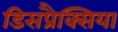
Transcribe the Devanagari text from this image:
डिसप्रैक्सिया